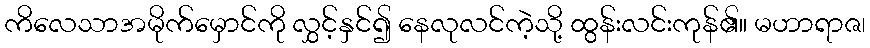
ကိလေသာအမိုက်မှောင်ကို လွှင့်နှင်၍ နေလုလင်ကဲ့သို့ ထွန်းလင်းကုန်၏။ မဟာရာဇ၊